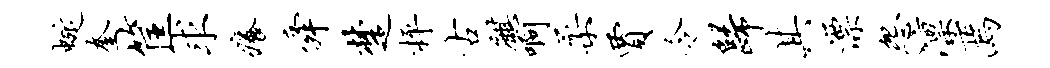
蜒奎筐求痒舜楚枰古麒啊柔贾令归其漂怨凛焉